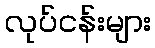
လုပ်ငန်းများ